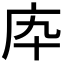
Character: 𢇥